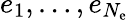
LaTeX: e_{1},\ldots,e_{N_{\mathrm{e}}}